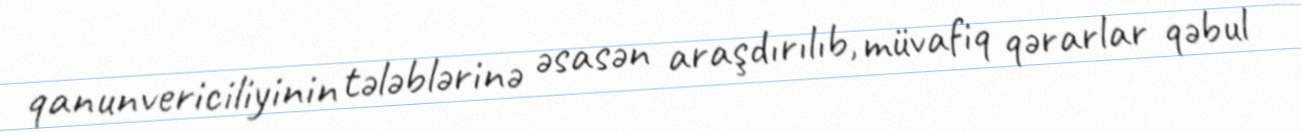
qanunvericiliyinin tələblərinə əsasən araşdırılıb, müvafiq qərarlar qəbul